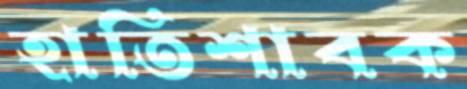
হাতিশাবক